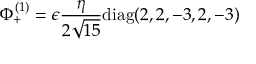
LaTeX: \Phi _ { + } ^ { ( 1 ) } = \epsilon { \frac { \eta } { 2 \sqrt { 1 5 } } } \mathrm { d i a g } ( 2 , 2 , - 3 , 2 , - 3 )